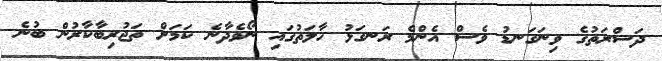
ދަސްރަތުގެ ވިނަގަނޑު ވެސް އެންމެ ރަނގަޅު ހާލަތުގައި ނޯވެދާނެ ކަމަށް ތަޖުރިބާކާރުން ބުނެ